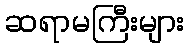
ဆရာမကြီးများ